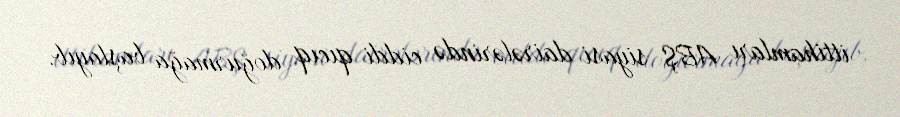
ittihamları ABŞ siyasi dairələrində ciddi qıcıq doğurmağa başlayıb.